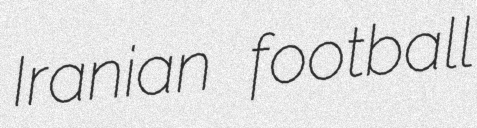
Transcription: Iranian football